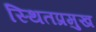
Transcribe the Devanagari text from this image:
स्थितप्रमुख